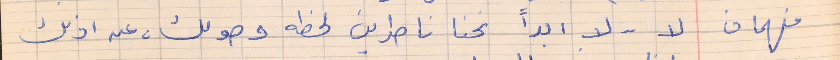
فهمان      لا  . . لا ابداً نحنا ناطرين لحظه وصولك، عن اذنك